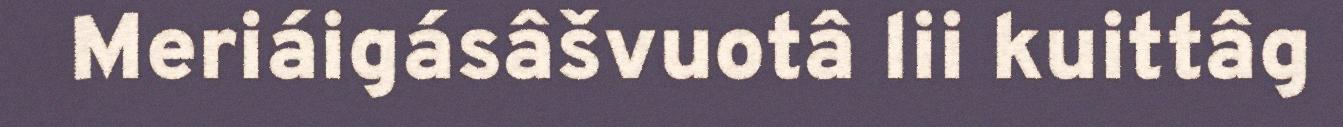
Meriáigásâšvuotâ lii kuittâg